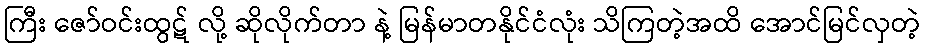
ကြီး ဇော်ဝင်းထွဋ် လို့ ဆိုလိုက်တာ နဲ့ မြန်မာတနိုင်ငံလုံး သိကြတဲ့အထိ အောင်မြင်လှတဲ့